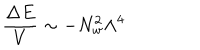
LaTeX: \frac { \Delta E } { V } \sim - N _ { w } ^ { 2 } \Lambda ^ { 4 }